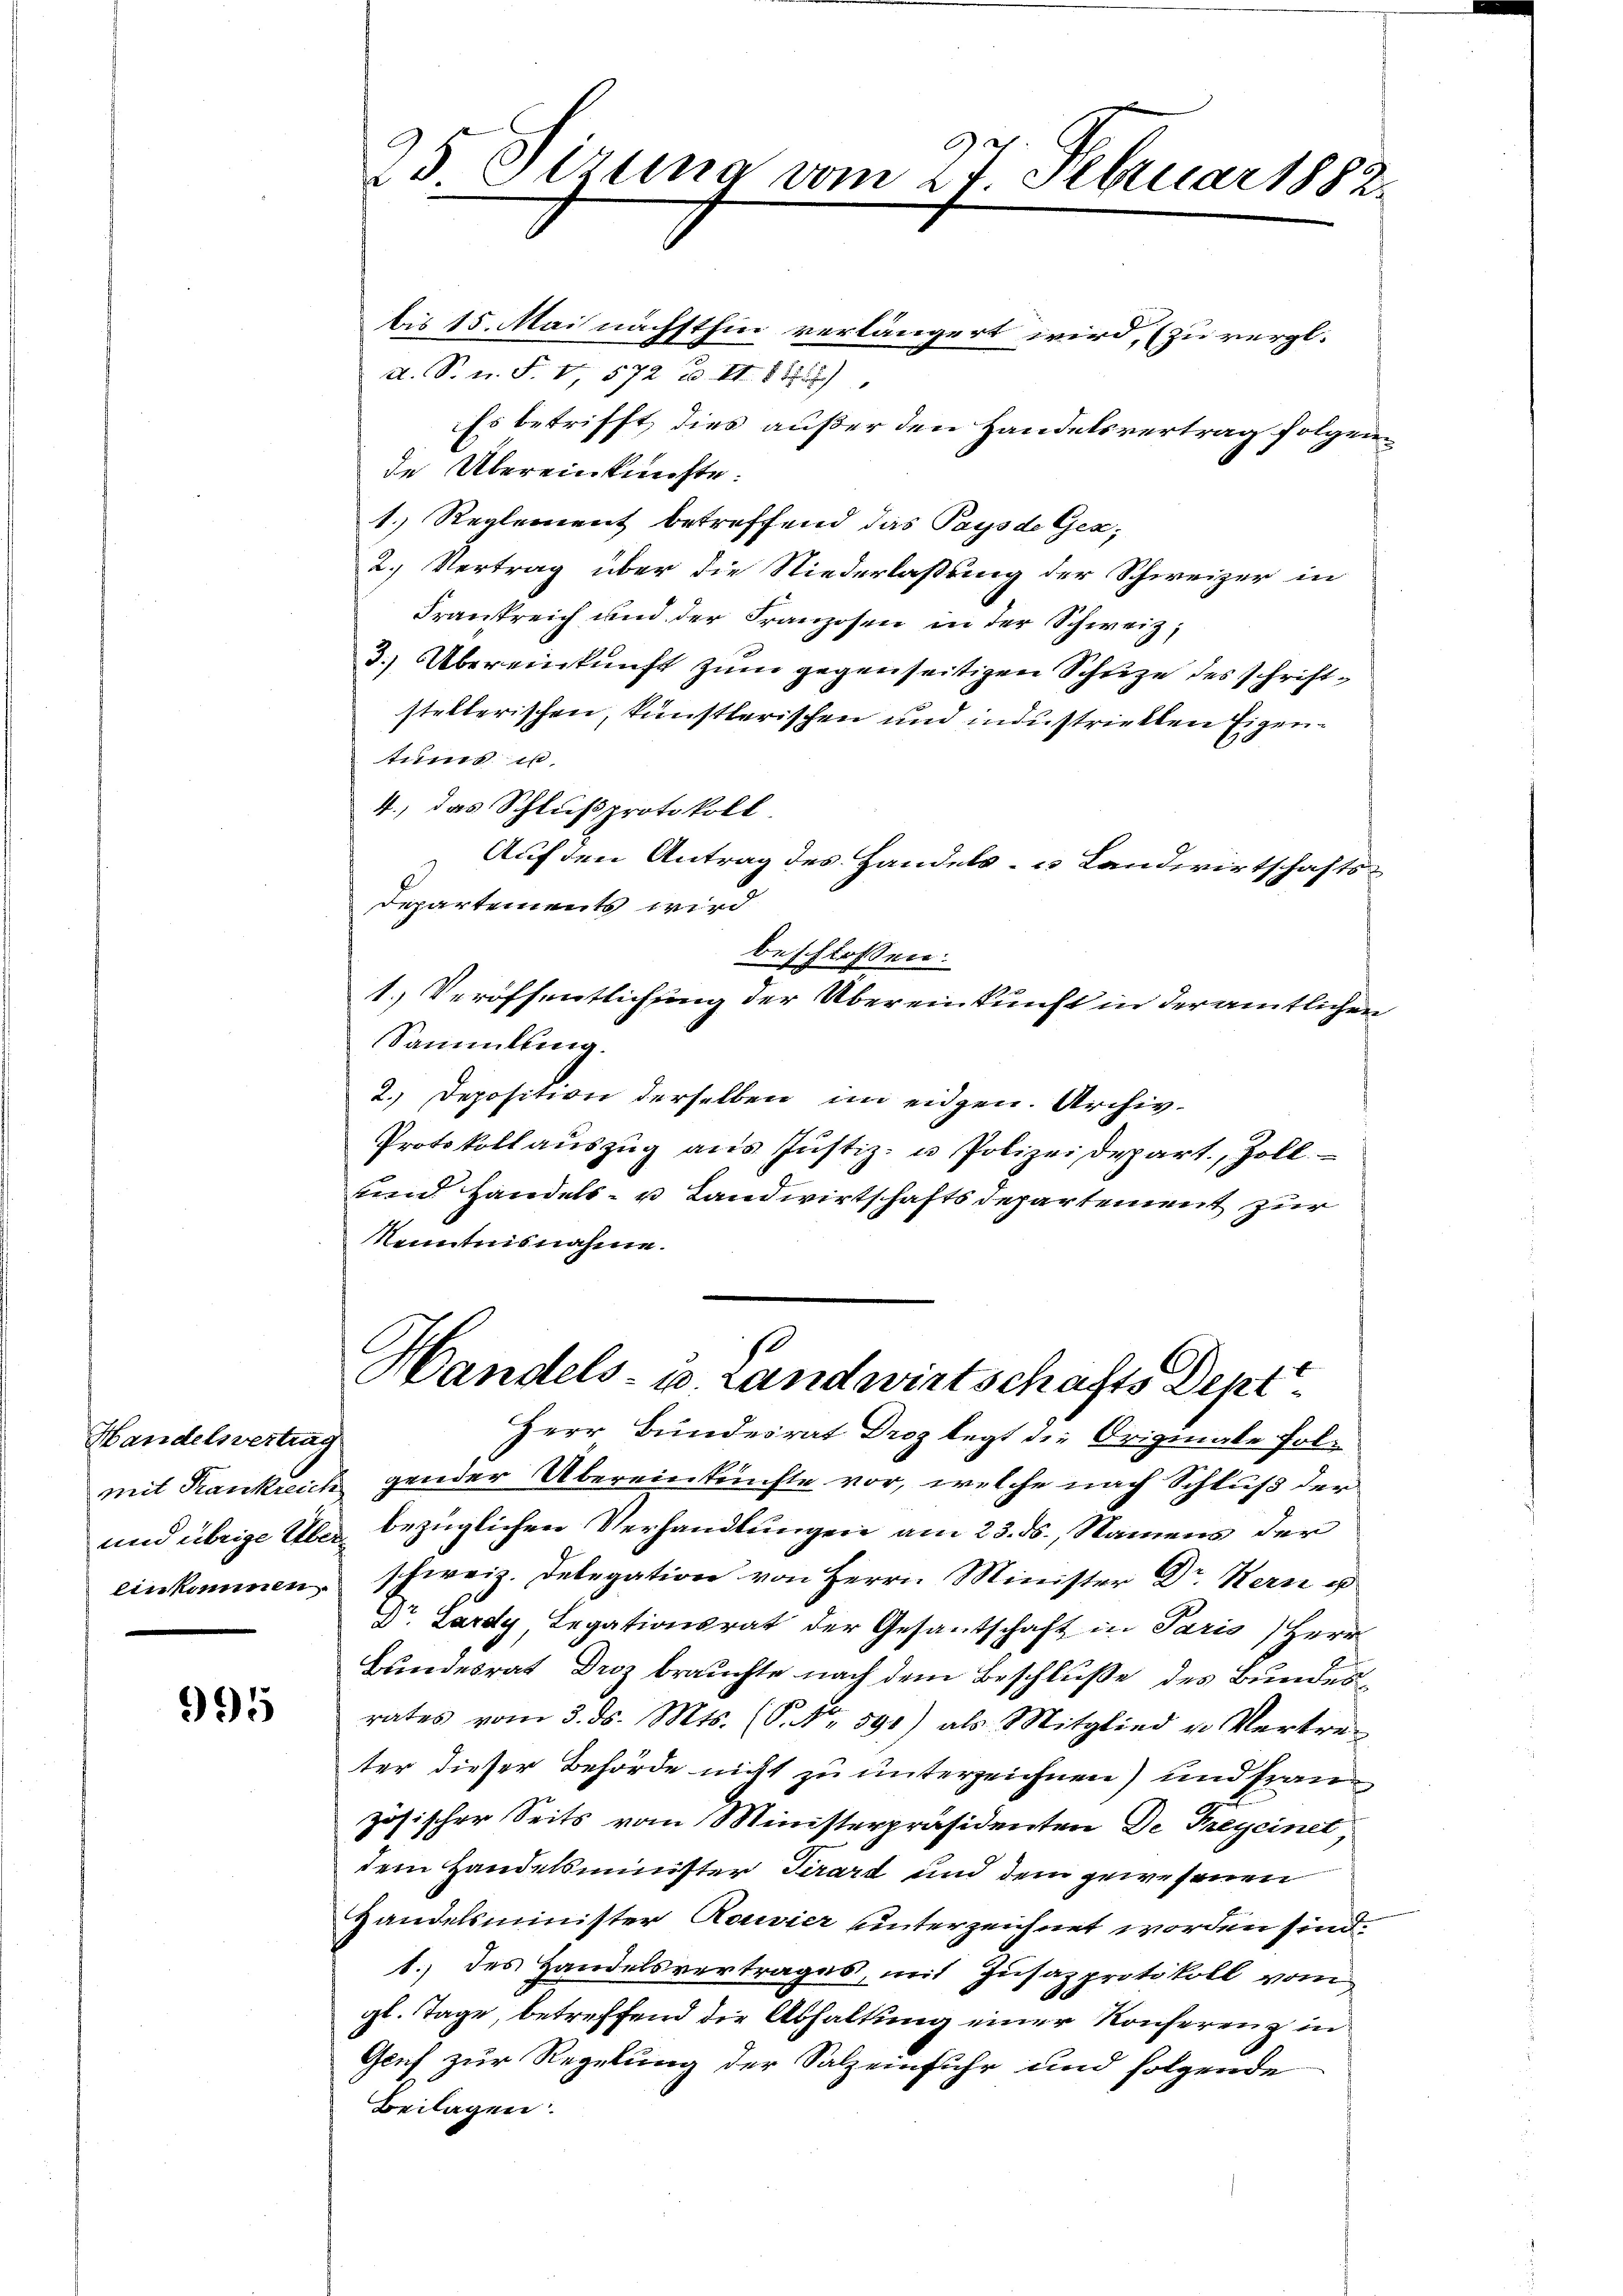
Handelsvertrag

995

1. Reglement betreffend das Pays de Gex,
2. Vertrag über die Niederlaßung der Schweizer in
Frankreich und der Franzosen in der Schweiz,
3.) Übereinkunft zum gegenseitigen Schuze des schriftstellerischen, künstlerischen und industricklen Eigentums in
4., das Schlußprotokoll.
Auf den Antrag des Handels- u Landwirtschafts¬
Departements wird
beschlossen:
1.) Veröffentlichung der Übereinkunft in der amtlichen
Sammlung.
2. Deposition derselben im eidgen. Archiv-
Protokollauszug aus Justiz- u Polizeidepart., Zoll
und Handels- u Landwirtschaftsdepartement zur
Kenntnisnahme.
s
Handels- u. Landwirtschafts Dept.
Herr Bundesrat Droz legt die Originale Folmit Kanklich gender Übereinkünfte vor, welche nach Schluß der
und übrige Über bezüglichen Verhandlungen am 23. ds., Namens der
einkommen schweiz. Delegation von Herrn Minister Dr. Kern u
Dr. Lardy, Legationsrat der Gesantschaft in Paris, Herr
Bundesrat Droz brauchte nach dem Beschluße des Bundesrates vom 3. ds. Mts. (P. Nr. 591) als Mitglied u. Vertreter dieser Behörde nicht zu unterzeichnen) und französischer Seits vom Ministerpräsidenten De Freyeinet,
dem Handelsminister Serart und dem gewesenen
Handelsminister Rouvier unterzeichnet worden sind.
1.) des Handelsvertrages, mit Zusazprotokoll vom
gl. Tage, betreffend die Abhaltung einer Konferenz in
Genf zur Regelung der Salzeinfuhr und folgende
Beilagen.

25. Sirna vom 27. Februar 1882.
bis 15. Mai nächsthin verlängert wird, (zu vergl.
d. S. n. F. V, 572 u. II 8177)
Es betrifft, dies außer den Handelsvertrag folgende Übereinkünfte.